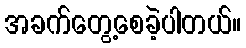
အခက်တွေ့စေခဲ့ပါတယ်။